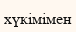
хүкімімен